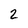
Character: 2